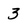
Character: 3